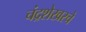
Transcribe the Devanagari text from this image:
चंद्रशेखरचे